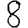
Digit: 8